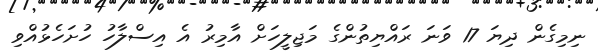
ނިމިގެން ދިޔަ 17 ވަނަ ރައްޔިތުންގެ މަޖިލީހަށް އާމިރު އެ އިސްލާހު ހުށަހެޅުއްވި